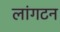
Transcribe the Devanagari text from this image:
लांगटन